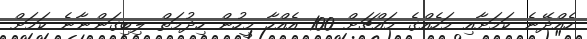
ހެއްދޭނެ ކަމަށާއި މަހެއްގެ މައްޗަށް 100 އެއްހާ މީހުން ހިދުމަތް ލިބިގަންނާނެ ކަމަށް